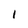
Character: i